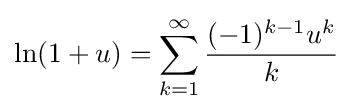
\ln(1+u)=\sum _{k=1}^{\infty }{\frac {(-1)^{k-1}u^{k}}{k}}